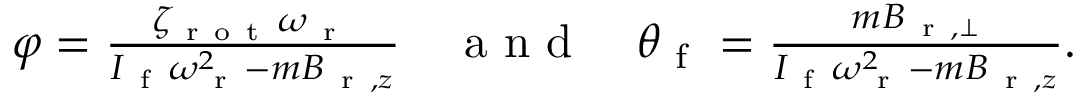
\begin{array} { r } { \varphi = \frac { \zeta _ { \mathrm { ~ r ~ o ~ t ~ } } \omega _ { \mathrm { ~ r ~ } } } { I _ { \mathrm { ~ f ~ } } \omega _ { \mathrm { ~ r ~ } } ^ { 2 } - m B _ { \mathrm { ~ r ~ } , z } } \quad \mathrm { ~ a ~ n ~ d ~ } \quad \theta _ { \mathrm { ~ f ~ } } = \frac { m B _ { \mathrm { ~ r ~ } , \perp } } { I _ { \mathrm { ~ f ~ } } \omega _ { \mathrm { ~ r ~ } } ^ { 2 } - m B _ { \mathrm { ~ r ~ } , z } } . } \end{array}